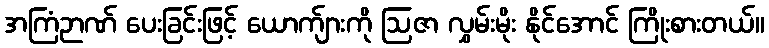
အကြံဉာဏ် ပေးခြင်းဖြင့် ယောက်ျားကို ဩဇာ လွှမ်းမိုး နိုင်အောင် ကြိုးစားတယ်။